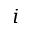
i